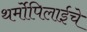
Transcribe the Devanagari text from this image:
थर्मोपिलाईचे